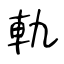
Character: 軌